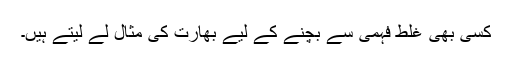
کسی بھی غلط فہمی سے بچنے کے لیے بھارت کی مثال لے لیتے ہیں۔